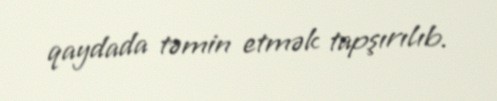
qaydada təmin etmək tapşırılıb.